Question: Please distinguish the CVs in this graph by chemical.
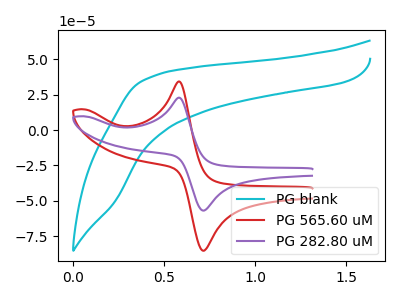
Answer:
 <answer>The cyan curve is labeled "PG blank". The red curve is labeled "PG 565.60 uM". The purple curve is labeled "PG 282.80 uM".</answer>
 <eval></eval>